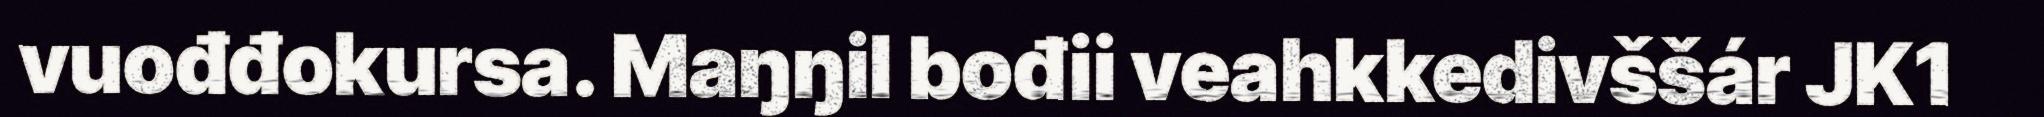
vuođđokursa. Maŋŋil bođii veahkkedivššár JK1